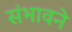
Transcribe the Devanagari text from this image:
संभावने